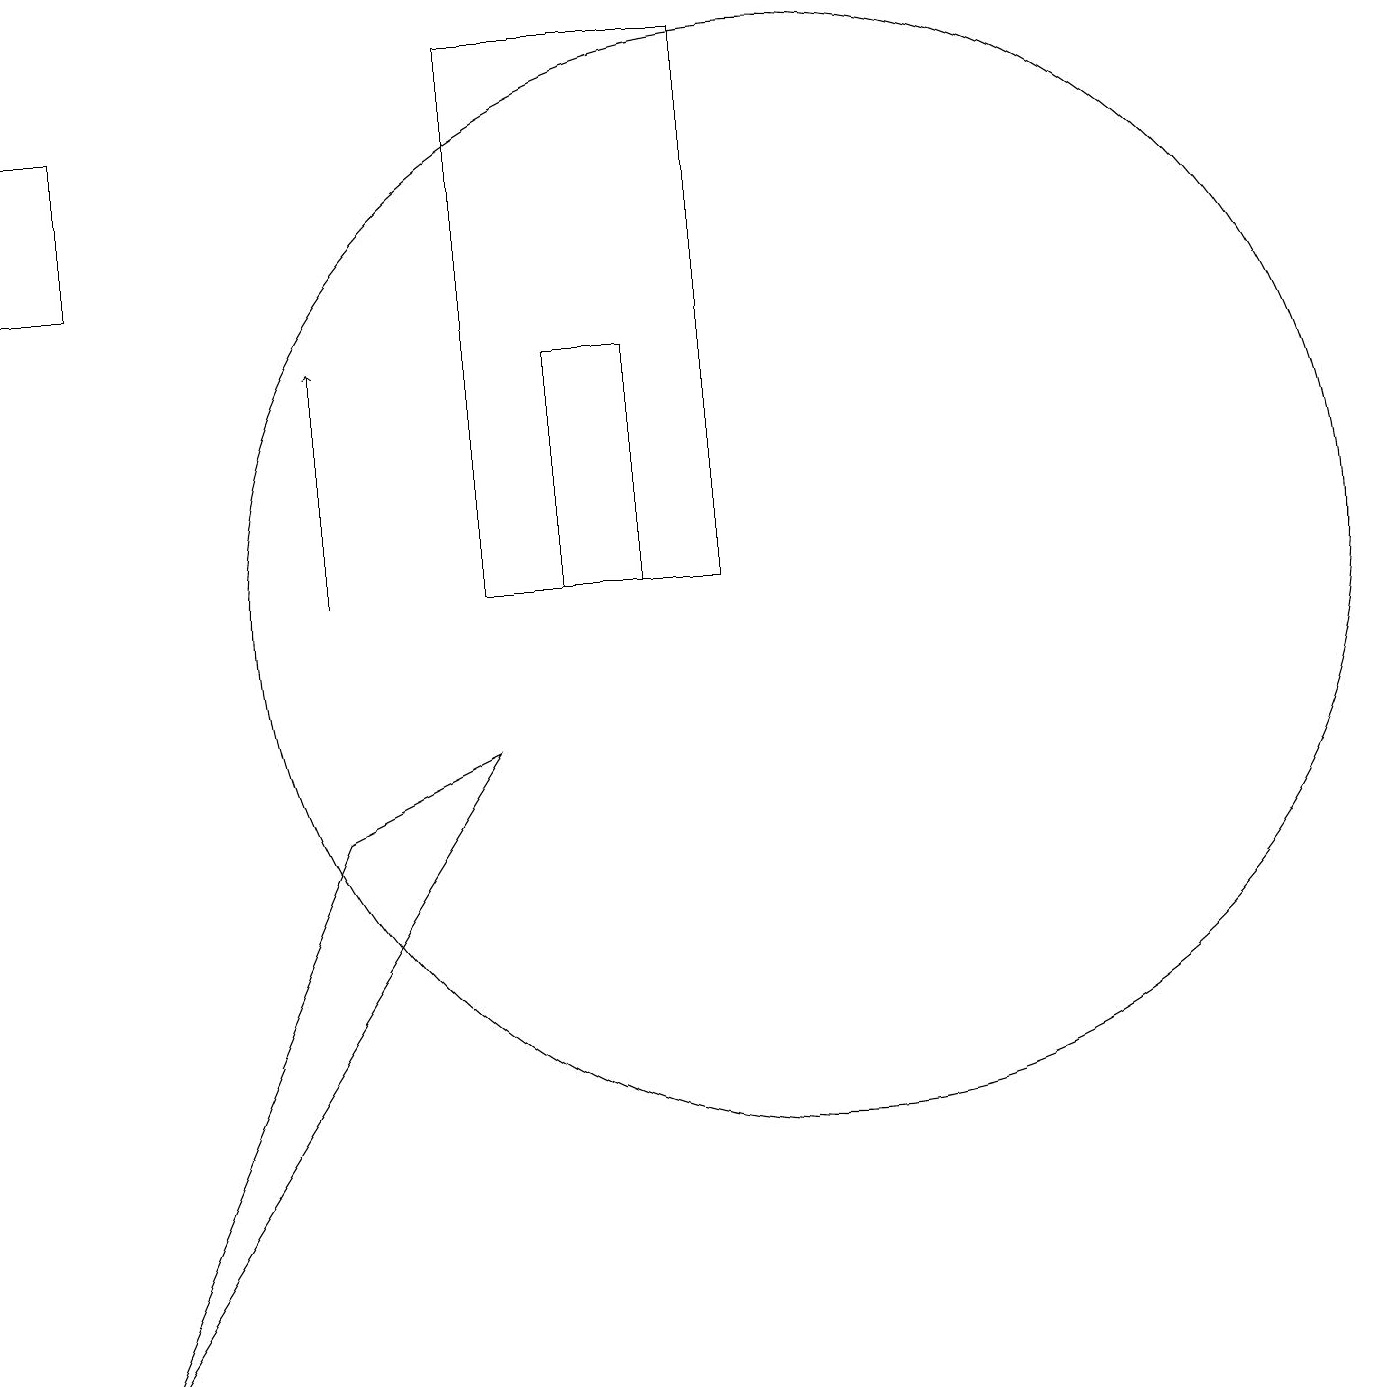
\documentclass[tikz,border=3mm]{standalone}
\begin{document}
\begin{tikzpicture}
\draw (8,11) rectangle (7,14);
\draw (0,17) rectangle (1,15);
\draw (10,11) circle (7);
\draw[->] (4,11) -- (4,14);
\draw (6,18) rectangle (9,11);
\draw (4,8) -- (1,1) -- (6,9) -- cycle;
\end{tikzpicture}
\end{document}